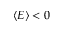
\langle E \rangle < 0